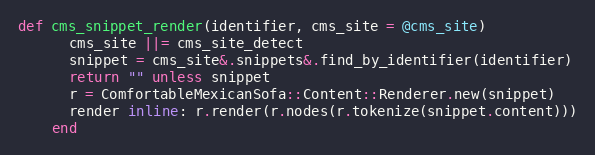
Language: Ruby
def cms_snippet_render(identifier, cms_site = @cms_site)
      cms_site ||= cms_site_detect
      snippet = cms_site&.snippets&.find_by_identifier(identifier)
      return "" unless snippet
      r = ComfortableMexicanSofa::Content::Renderer.new(snippet)
      render inline: r.render(r.nodes(r.tokenize(snippet.content)))
    end